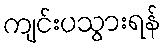
ကျင်းပသွားရန်